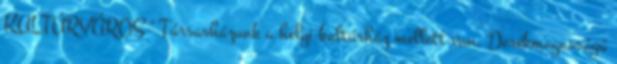
KULTÚRVÁROS " Társasházunk a helyi kultúrház mellett van. Derékmagasságú